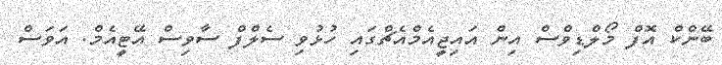
ބޭންކް އޮފް މޯލްޑިވްސް އިން އައިޖީއެމްއެޗްގައި ހުޅުވި ސެލްފް ސާވިސް އޭޓީއެމް. އަވަސް